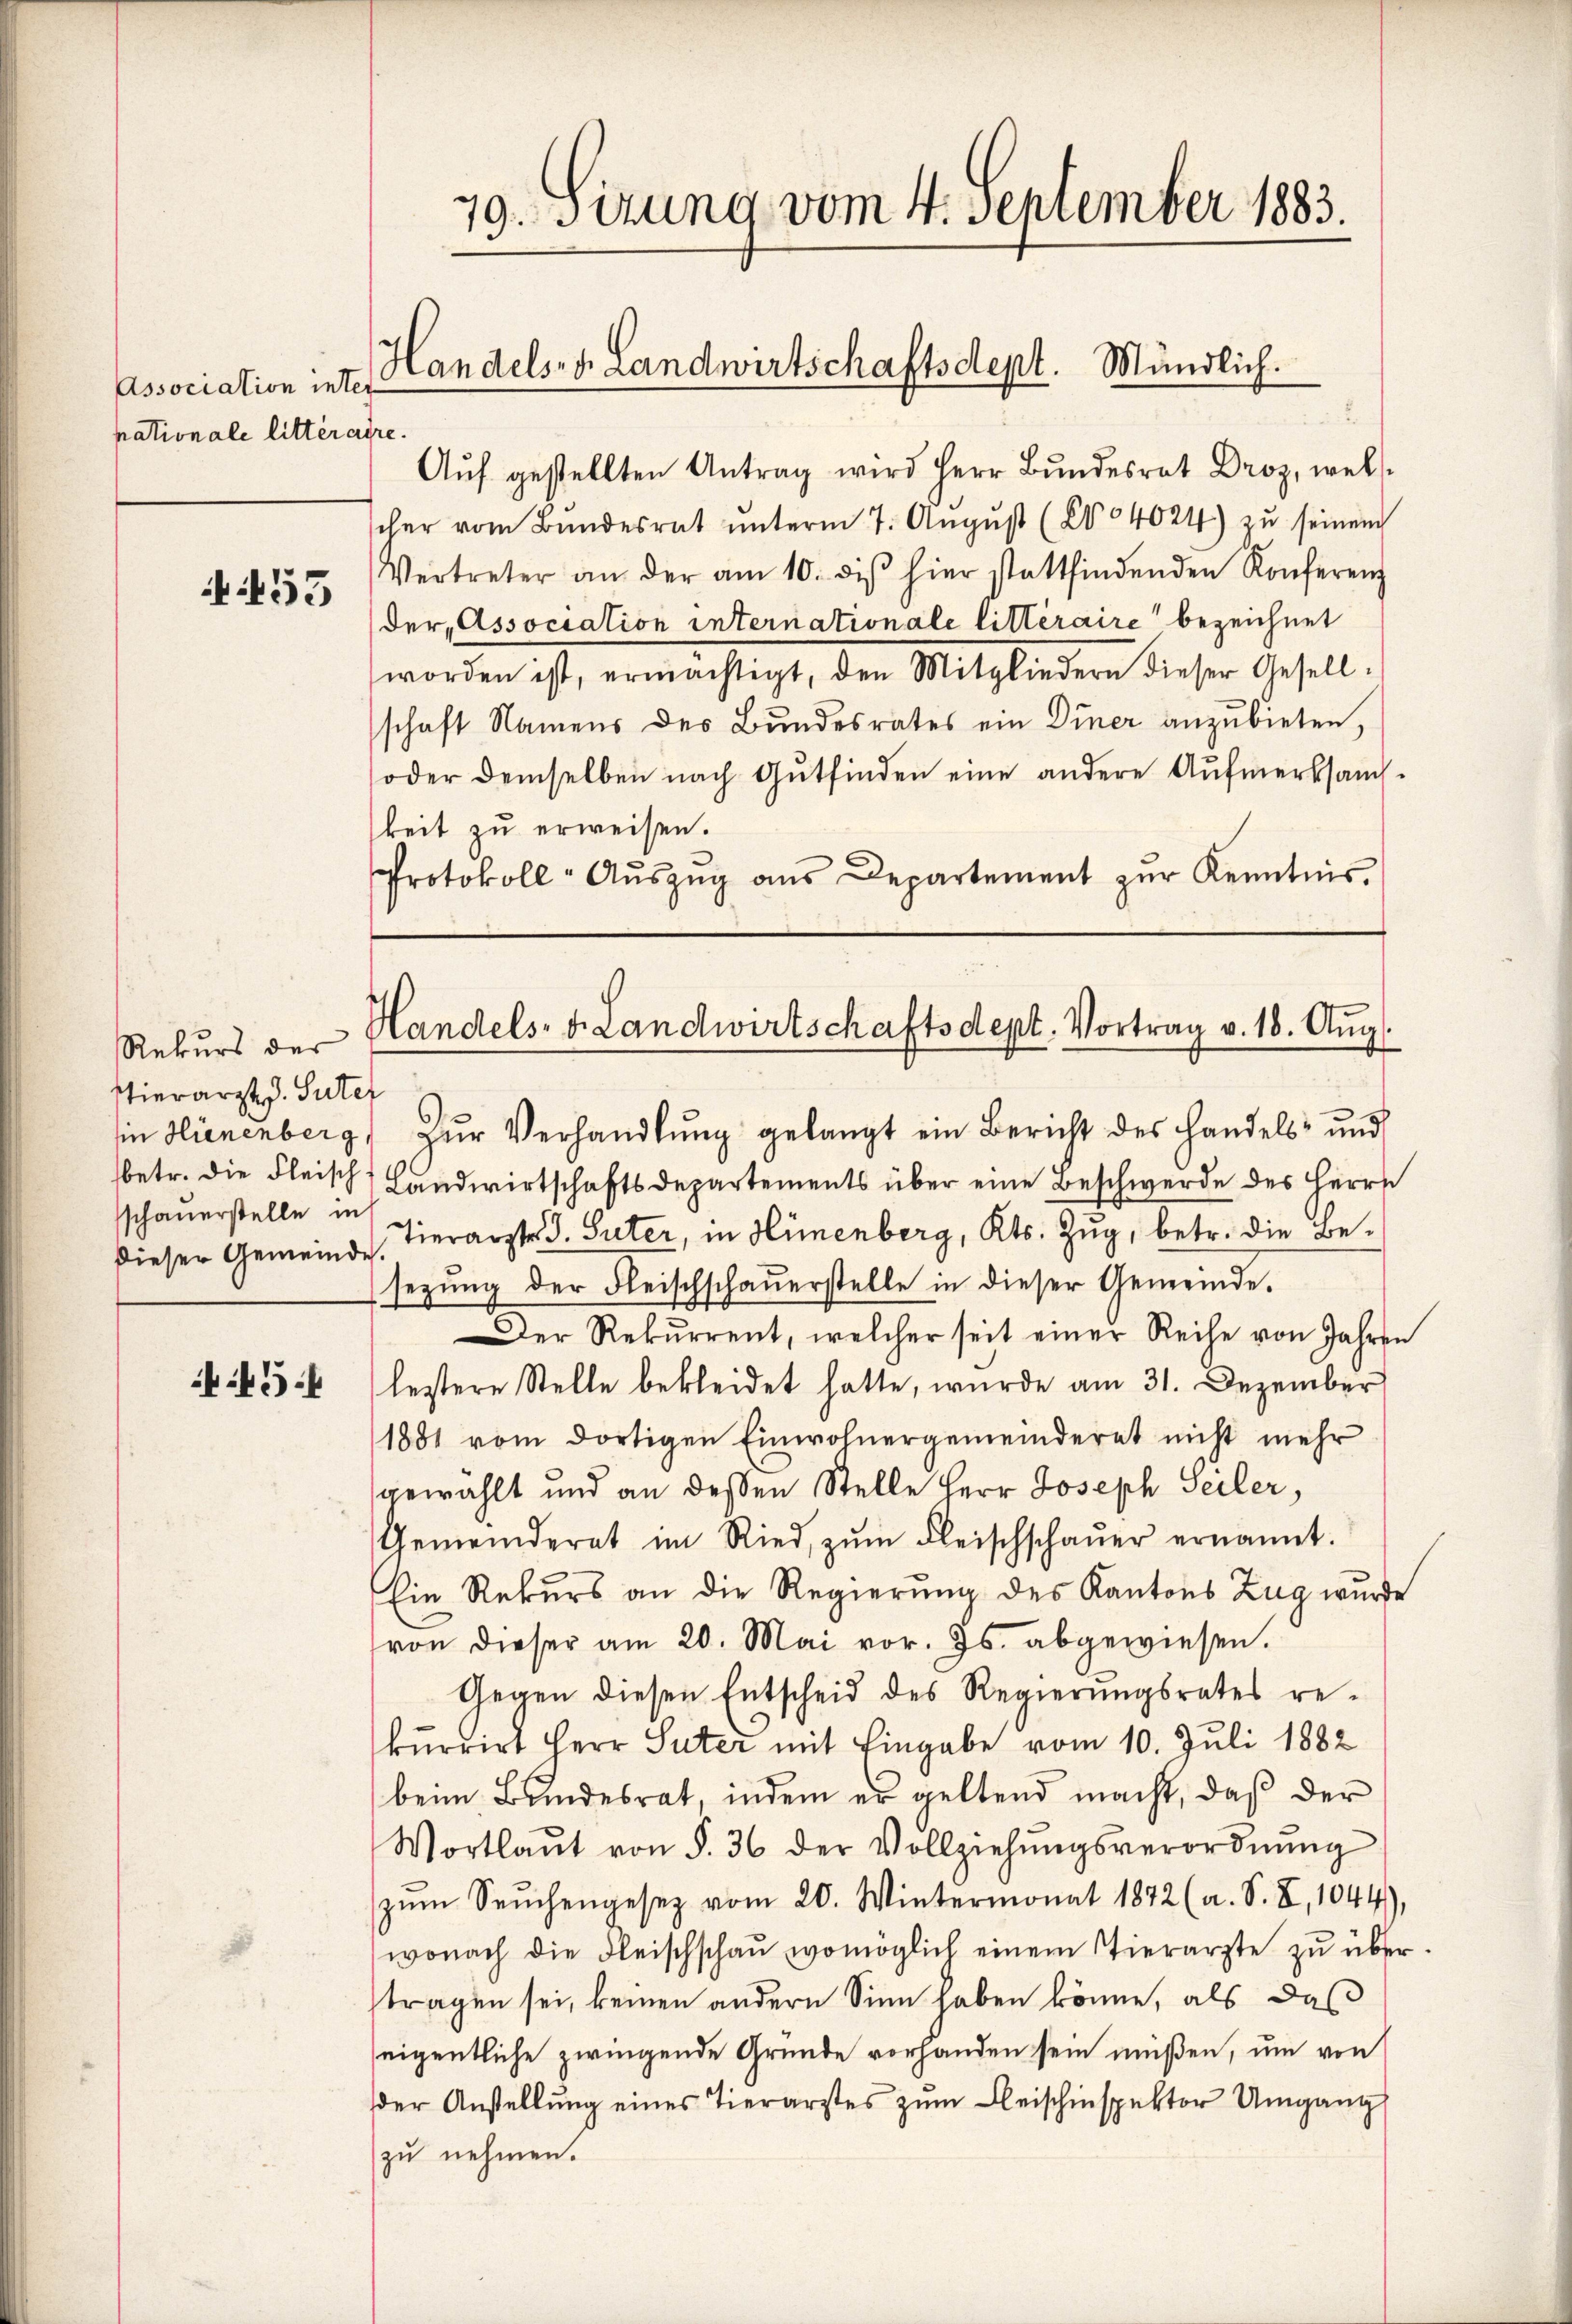
Association inter
pationale litteraire.

455

Rekurs der
Hierarzt J. Suter
schauerstelle in

445.

79. Sizung vom 4. September 1883.

Handels- u. Landwirtschaftsdept. Mündlich.

Aŭf gestellten Antrag wird Herr Bŭndesrat Dro, wel
scher vom Bŭndesrat ŭnterm 7. Aŭgŭst (2004024) zŭ seinem
Vertreter an der am 10. diβ hier stattfindenden Konferenz
der, Association internationale litteraire bezeichnet
worden ist, ermächtigt, den Mitgliedern dieser Gesell-
schaft Namens des Bundesrates ein Diner anzubieten,
oder demselben nach Gutfinden eine andere Aufmerksam-
keit zu erweisen.
Protokoll-Aŭszŭg aŭs Departement zŭr Kenntnis.

Handels- u. Landwirtschaftsdept. Vortrag v. 18. Aŭg.

in Hienenberg, zŭr Verhandlŭng gelangt ein Bericht des Handels- und
betr. die Fleisch Landwirtschaftsdepartements über eine Beschwerde des Herrs
dieser Gemeinde. Hierarzte J. Suter, in Hünenberg, Kts. Zug, betr. die Besezŭng der Fleischschaŭerstelle in dieser Gemeinde.
Der Rekurrent, welcher seit einer Reihe von Jahren
lestere Stelle bekleidet hatte, wurde am 31. Dezember
1881 vom dortigen Einwohnergemeinderet nicht mehr
gewählt und an dessen Stelle Herr Joseph Seiler,
Gemeinderat im Ried zŭm Fleischschaŭer ernannt.
Ein Rekurs an die Regierung des Kantons Zug wurde
von dieser am 20. Mai vor. Js. abgewiesen.
Gegen diesen Entscheid des Regierungsrates rekurrirt Herr Suter mit Eingabe vom 10. Juli 1882
beim Bundesrat, indem er geltend macht, daß der
Wortlaŭt von §. 36 der Vollziehŭngsverordnŭng
zŭm Seŭchengesez vom 20. Wintermonat 1872 (a. S. I, 1044),
wonach die Fleischschaŭ womöglich einem Tierarzte zu übertragen sei, keinen andern Sinn haben könne, als daß
seigentliche zwingende Gründe vorhanden sein müßen, um von
der Anstellŭng eines Tierarztes zŭm Bleischinspektor Umgang
zu nehmen.